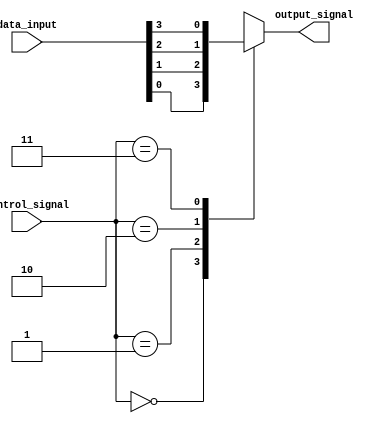
module multiplexer
(
input [3:0] data_input,
input [1:0] control_signal,
output reg output_signal
);

always @(*) begin
case (control_signal)
2'b00: output_signal = data_input[0];
2'b01: output_signal = data_input[1];
2'b10: output_signal = data_input[2];
2'b11: output_signal = data_input[3];
endcase
end

endmodule